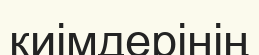
киімдерінің